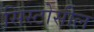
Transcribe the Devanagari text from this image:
सिस्टोसील